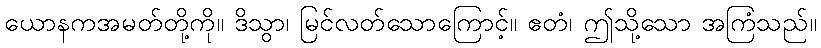
ယောနကအမတ်တို့ကို။ ဒိသွာ၊ မြင်လတ်သောကြောင့်။ ဧတံ၊ ဤသို့သော အကြံသည်။